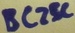
Text: BC25C